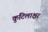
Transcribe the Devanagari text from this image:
कुटिलाक्षर